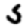
Digit: 5